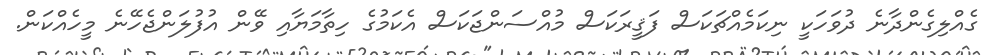
ގެއްލިގެންދާނެ ދުވަހަކީ ނިކަމެއްޗަކަސް ފަޤީރަކަސް މުއްސަންޖަކަސް އެކަމުގެ ހިތާމަޔާއި ވޭން އުފުލަންޖެހޭނެ މީހެއްކަން.